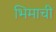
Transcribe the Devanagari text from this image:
भिमाची